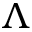
\Lambda